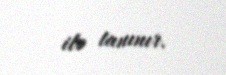
ilə tanınır.